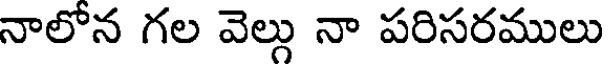
నాలోన గల వెల్లు నా పరిసరములు